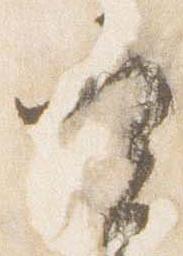
実